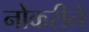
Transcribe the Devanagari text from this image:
नोकरीने